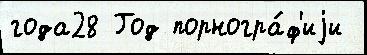
года28 Год порногра́ф'иjи